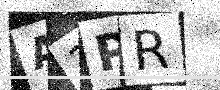
Text: A3PR